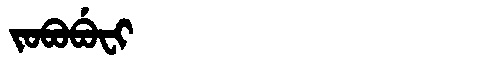
Manchu: ᠵᠣᠪᠣᠪᡠᠸᡳ
Romanization: JOBOBUFI